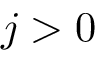
j > 0